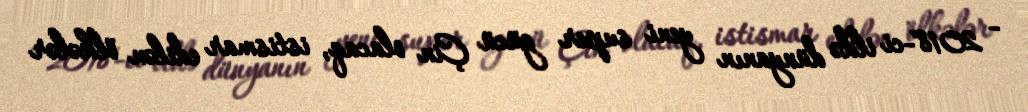
- 2018-ci ildə dünyanın yeni super gücü Çin olacaq, istismar edilən ölkələr